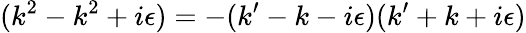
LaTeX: (k^{2}-k^{2}+i\epsilon)=-(k^{\prime}-k-i\epsilon)(k^{\prime}+k+i\epsilon)